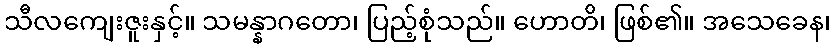
သီလကျေးဇူးနှင့်။ သမန္နာဂတော၊ ပြည့်စုံသည်။ ဟောတိ၊ ဖြစ်၏။ အသေခေန၊